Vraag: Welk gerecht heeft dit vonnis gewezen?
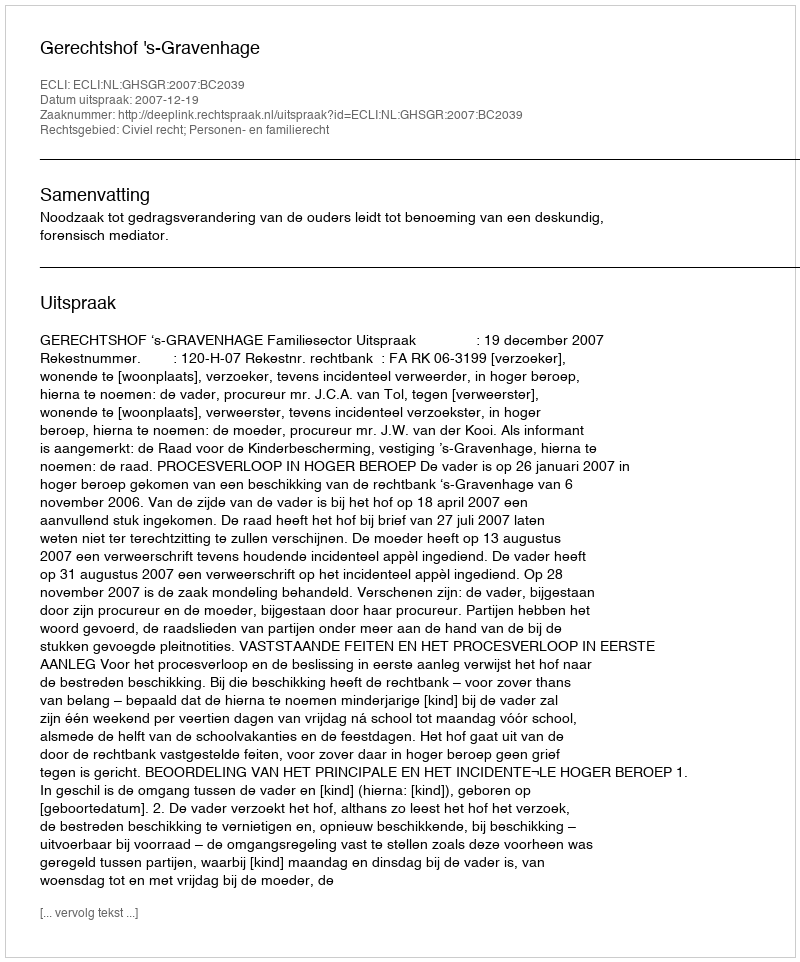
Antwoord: Gerechtshof 's-Gravenhage